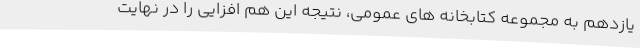
یازدهم به مجموعه کتابخانه های عمومی، نتیجه این هم افزایی را در نهایت